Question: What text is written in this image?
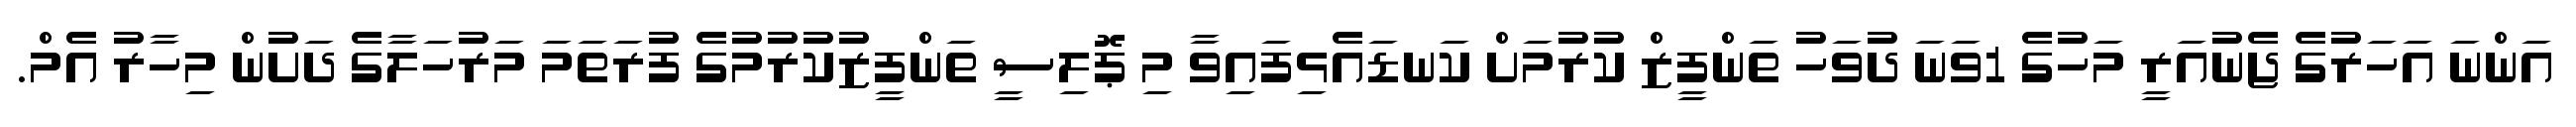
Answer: އަންނަ އަހަރުގެ ޖެނުއަރީ މަހުގެ 1ވަނަ ދުވަހު ތަންފީޒް ކުރުމަށް ކަނޑައެޅިފައިވާ މި ޕޮލިސީ ތަންފީޒުކުރުމުގެ ފުރަތަމަ މަރުހަލާގެ ދަށުން މިހާރު އެމް.